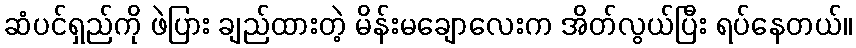
ဆံပင်ရှည်ကို ဖဲပြား ချည်ထားတဲ့ မိန်းမချောလေးက အိတ်လွယ်ပြီး ရပ်နေတယ်။